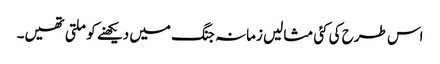
اس طرح کی کئی مثالیں زمانہ جنگ میں دیکھنے کو ملتی تھیں۔